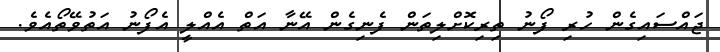
ޖައްސައިގެން ހުރި ފޯނު ތިރިކޮށްލިތަން ފެނިގެން އޭނާ އަތް އެއްލީ އެފޯނު އަތުވޭތޯއެވެ.